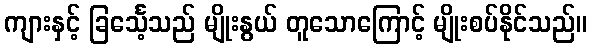
ကျားနှင့် ခြင်္သေ့သည် မျိုးနွယ် တူသောကြောင့် မျိုးစပ်နိုင်သည်။